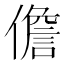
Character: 儋